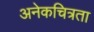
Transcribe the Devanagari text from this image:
अनेकचित्रता